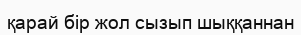
қарай бір жол сызып шыққаннан